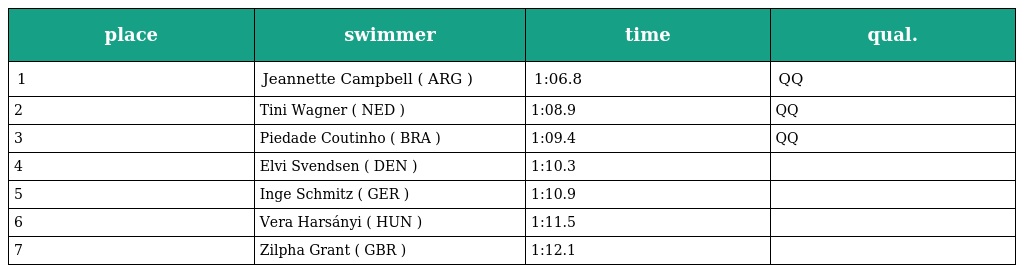
| place | swimmer | time | qual. |
 | --- | --- | --- | --- |
 | 1 | Jeannette Campbell ( ARG ) | 1:06.8 | QQ |
 | 2 | Tini Wagner ( NED ) | 1:08.9 | QQ |
 | 3 | Piedade Coutinho ( BRA ) | 1:09.4 | QQ |
 | 4 | Elvi Svendsen ( DEN ) | 1:10.3 |  |
 | 5 | Inge Schmitz ( GER ) | 1:10.9 |  |
 | 6 | Vera Harsányi ( HUN ) | 1:11.5 |  |
 | 7 | Zilpha Grant ( GBR ) | 1:12.1 |  |